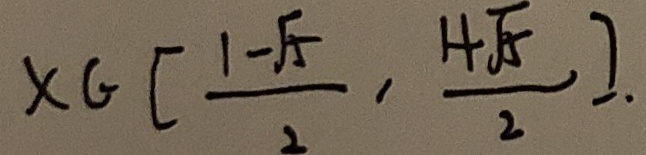
x \in [ \frac { 1 - \sqrt { 5 } } { 2 } , \frac { 1 + \sqrt { 5 } } { 2 } ] .